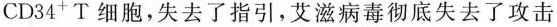
CD34^{+}T细胞，失去了指引，艾滋病毒彻底失去了攻击